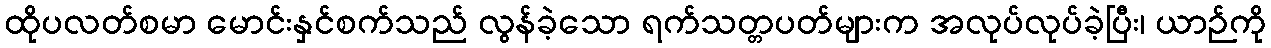
ထိုပလတ်စမာ မောင်းနှင်စက်သည် လွန်ခဲ့သော ရက်သတ္တပတ်များက အလုပ်လုပ်ခဲ့ပြီး၊ ယာဉ်ကို